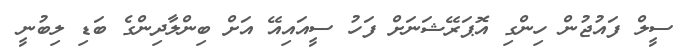
ސީލް ފައުޖުން ހިންގި އޮޕަރޭޝަނަށް ފަހު ސީއައިއޭ އަށް ބިންލާދިންގެ ބަޑި ލިބުނީ